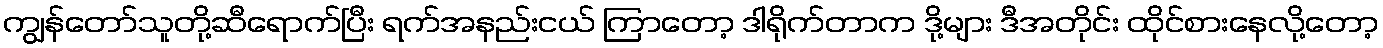
ကျွန်တော်သူတို့ဆီရောက်ပြီး ရက်အနည်းငယ် ကြာတော့ ဒါရိုက်တာက ဒို့များ ဒီအတိုင်း ထိုင်စားနေလို့တော့